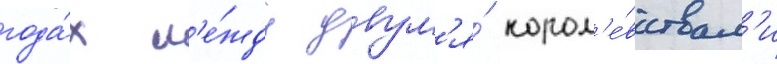
года́х м'е́жду двум'я́ корол'е́вствам'и